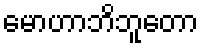
မောဟာဘိဘူတော